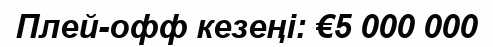
Плей-офф кезеңі: €5 000 000